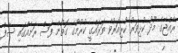
ރާއްޖޭގެ މޫދު ކުޅިވަރު ކުރިއަރުވާ ތަރައްގީ ކުރުމުގެ ގޮތުން ފަސް ރަށެއްގައި ސާފް